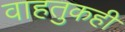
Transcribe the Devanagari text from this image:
वाहतुकही